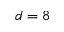
d = 8